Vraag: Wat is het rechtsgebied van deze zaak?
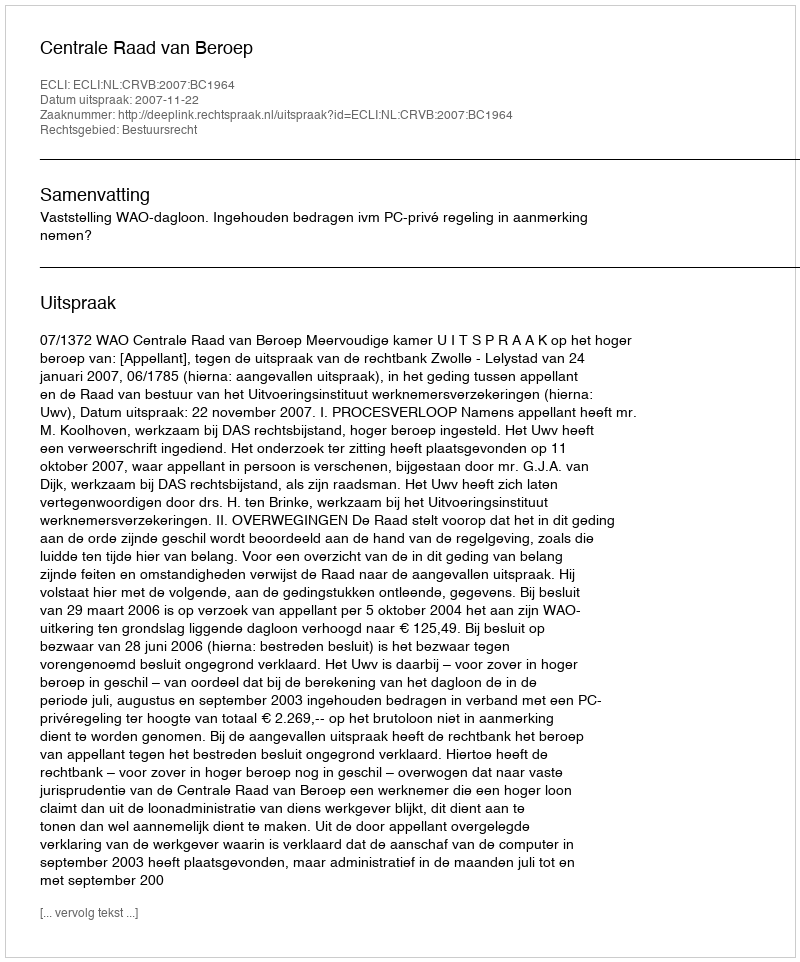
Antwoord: Bestuursrecht